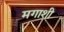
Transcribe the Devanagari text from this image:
मगाशी